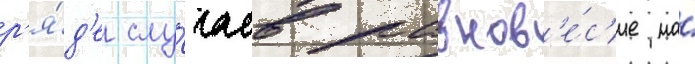
р'я́д'е слу́чаев равнов'е́с'ие на́